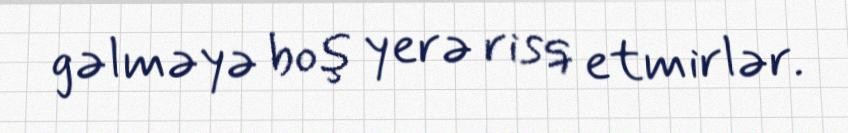
gəlməyə boş yerə risq etmirlər.